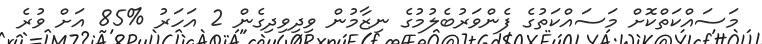
މަސައްކަތްކޮށް މަސައްކަތުގެ ފެންވަރުބެލުމުގެ ނިޒާމުން ވިދިވިދިގެން 2 އަހަރު %85 އަށް ވުރެ